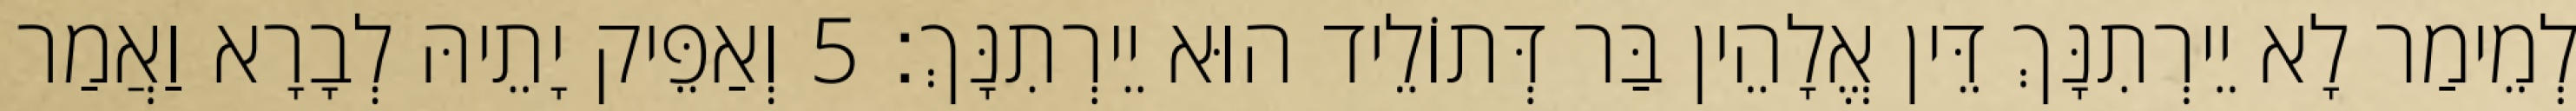
לְמֵימַר לָא יֵירְתִנָּךְ דֵּין אֱלָהֵין בַּר דְּתוֹלֵיד הוּא יֵירְתִנָּךְ׃ 5 וְאַפֵּיק יָתֵיהּ לְבָרָא וַאֲמַר